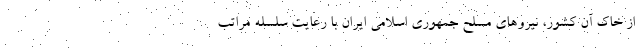
از خاک آن کشور، نیروهای مسلح جمهوری اسلامی ایران با رعایت سلسله مراتب